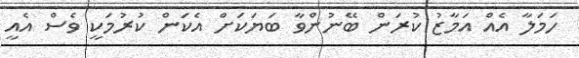
ހަމަލާ އެއް އަމާޒު ކުރަން ބޭނުންވާ ބަޔަކަށް އެކަން ކުރުމަކީ ވެސް އެއީ